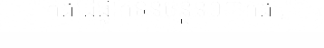
"""កងដៃផ្លាកទីនចំនួន០៣កង ,"""